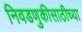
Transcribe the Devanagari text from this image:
निवडणुकीसाठीच्या